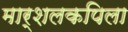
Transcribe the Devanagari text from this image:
मार्शलकपिला